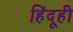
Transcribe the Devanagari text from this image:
हिंदूही